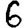
Digit: 6